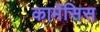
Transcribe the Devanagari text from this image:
कामेंसिस